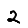
Digit: 2